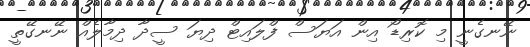
ނޭނގެނީ މި ކޮރިޑޯ އިން އަޔަސް ފްލައިޓް ދިޔަ ސީދާ ދިމާލެއް ނޭނގޭތީ